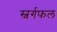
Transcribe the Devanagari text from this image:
स्वर्गफल